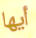
أيها